Bombay plague: being a history of the progress of plague in the Bombay presidency from September 1896 to June 1899
Year: 1896
Disease focus: Plague
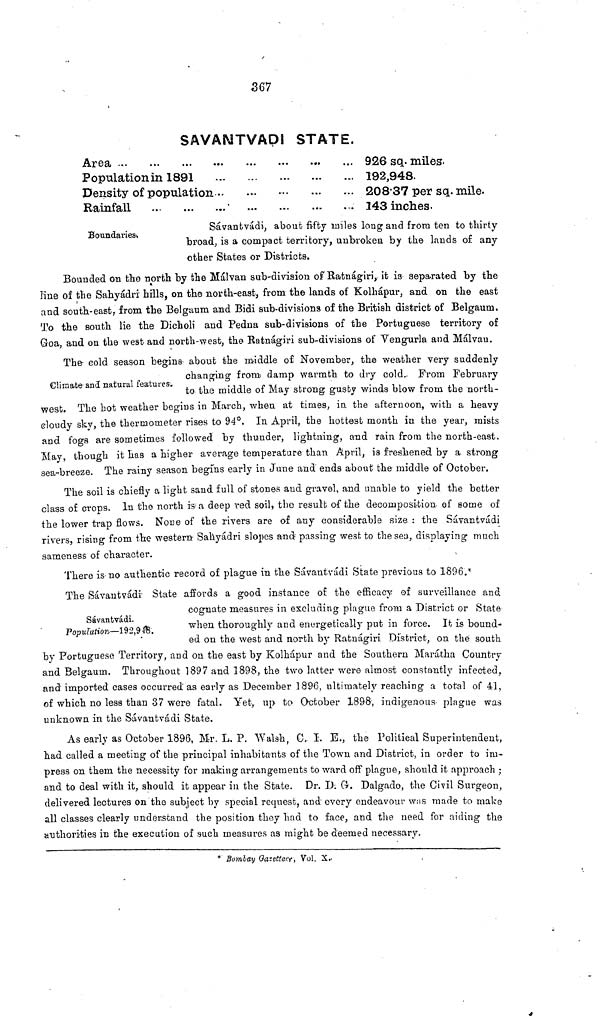
567
SAVAMTVADI STATE.
Area
Populationin 1891
Density of population...
Rainfall
926 sq. miles.
192,948.
208 37 per sq. mile.
143 inches.
Boundariesi.
Sávantvádi, about fifty miles long and from ten to thirty
broad, is a compact territory, unbroken by the lands of any
other States or Districts.
Bounded on the north by the Málvan sub-division of Ratnágiri,. it is separated by the
line of the Sahyádri hills, on the north-east, from the lands of Kolhápur, and on the east
and south-east, from the Belguum and Bidi sub-divisions of the British district of Belgaum.
To the south lie the Dicholi and Pedna sub-divisions of the Portuguese territory of
Goa, and on the west and north-west, the Ratnágiri sub-divisions of Vengurla and Málvau.
Climate and natural features.
The cold season begins about the middle of November, the weather very suddenly
changing from damp warmth to dry cold. From February
to the middle of May strong gusty winds blow from the north-
west. The hot weather begins in March, when at times, in the afternoon, with a heavy
cloudy sky, the thermometer rises to 94°. In April, the hottest month in the year, mists
and fogs are sometimes followed by thunder, lightning, and rain from the north-east.
May, though it has a higher average temperature than April, is freshened by a strong
sea-breeze. The rainy season begins early in June and ends about the middle of October.
The soil is chiefly a light sand full of stones and gravel, and unable to yield the better
class of crops. In the north is a deep red soil, the result of the decomposition of some of
the lower trap flows. None of the rivers are of any considerable size : the Sávantvádi
rivers, rising from the western Sáhyádri slopes and passing west to the sea, displaying much
sameness of character.
There is no authentic record of plague in the Sávantvádi State previous to 1896.*
Sávantvádi.
Population—192,948.
The Sávantvádi State affords a good instance of the efficacy of surveillance and
cognate measures in excluding plague from a District or State
when thoroughly and energetically put in force. It is bound-
ed on the west and north by Ratnágiri District, on the south
by Portuguese Territory, and on the east by Kolhápur and the Southern Marátha Country
and Belgaum. Throughout 1897 and 1898, the two latter were almost constantly infected,
and imported cases occurred as early as December 1896, ultimately reach-ing a total of 41,
of which no less than 37 were fatal. Yet, up to October 1898, indigenous plague was
unknown in the Sávantvádi State.
As early as October 1896, Mr. L. P. Walsh, C. I. E., the Political Superintendent,
had called a meeting of the principal inhabitants of the Town and District, in order to im-
press on them the necessity for making arrangements to ward off plague, should it approach ;
and to deal with it, should it appear in the State. Dr. D. G. Dalgado, the Civil Surgeon,
delivered lectures on the subject by special request, and every endeavour was made to make
all classes clearly understand the position they had to face, and the need for aiding the
authorities in the execution of such measures as might be deemed necessary.
* Bombay Gazetteer, Vol. X..